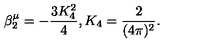
\beta _ { 2 } ^ { \mu } = - \frac { 3 K _ { 4 } ^ { 2 } } { 4 } , K _ { 4 } = \frac { 2 } { ( 4 \pi ) ^ { 2 } } .